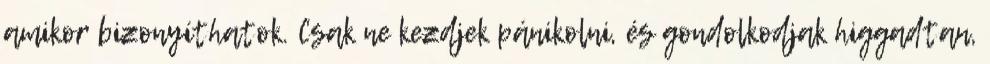
amikor bizonyíthatok. Csak ne kezdjek pánikolni, és gondolkodjak higgadtan,